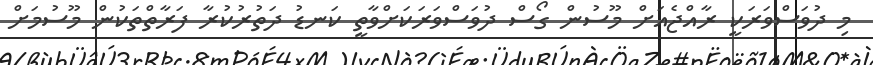
މި ދުވަސްވަރަކީ ރާއްޖެއަށް މޫސުން ގޯސް ދުވަސްވަރަކަށްވާތީ ކަނޑު ދަތުރުކުރާ ފަރާތްތަކުން މޫސުމަށް